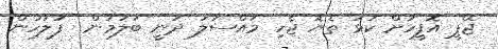
ޖޭޕީ އޮފީހަށް ކަޅު ތެޔޮ ޖެހި މައްސަލަ ދަނީ ބަލަމުން  ފުލުހުން